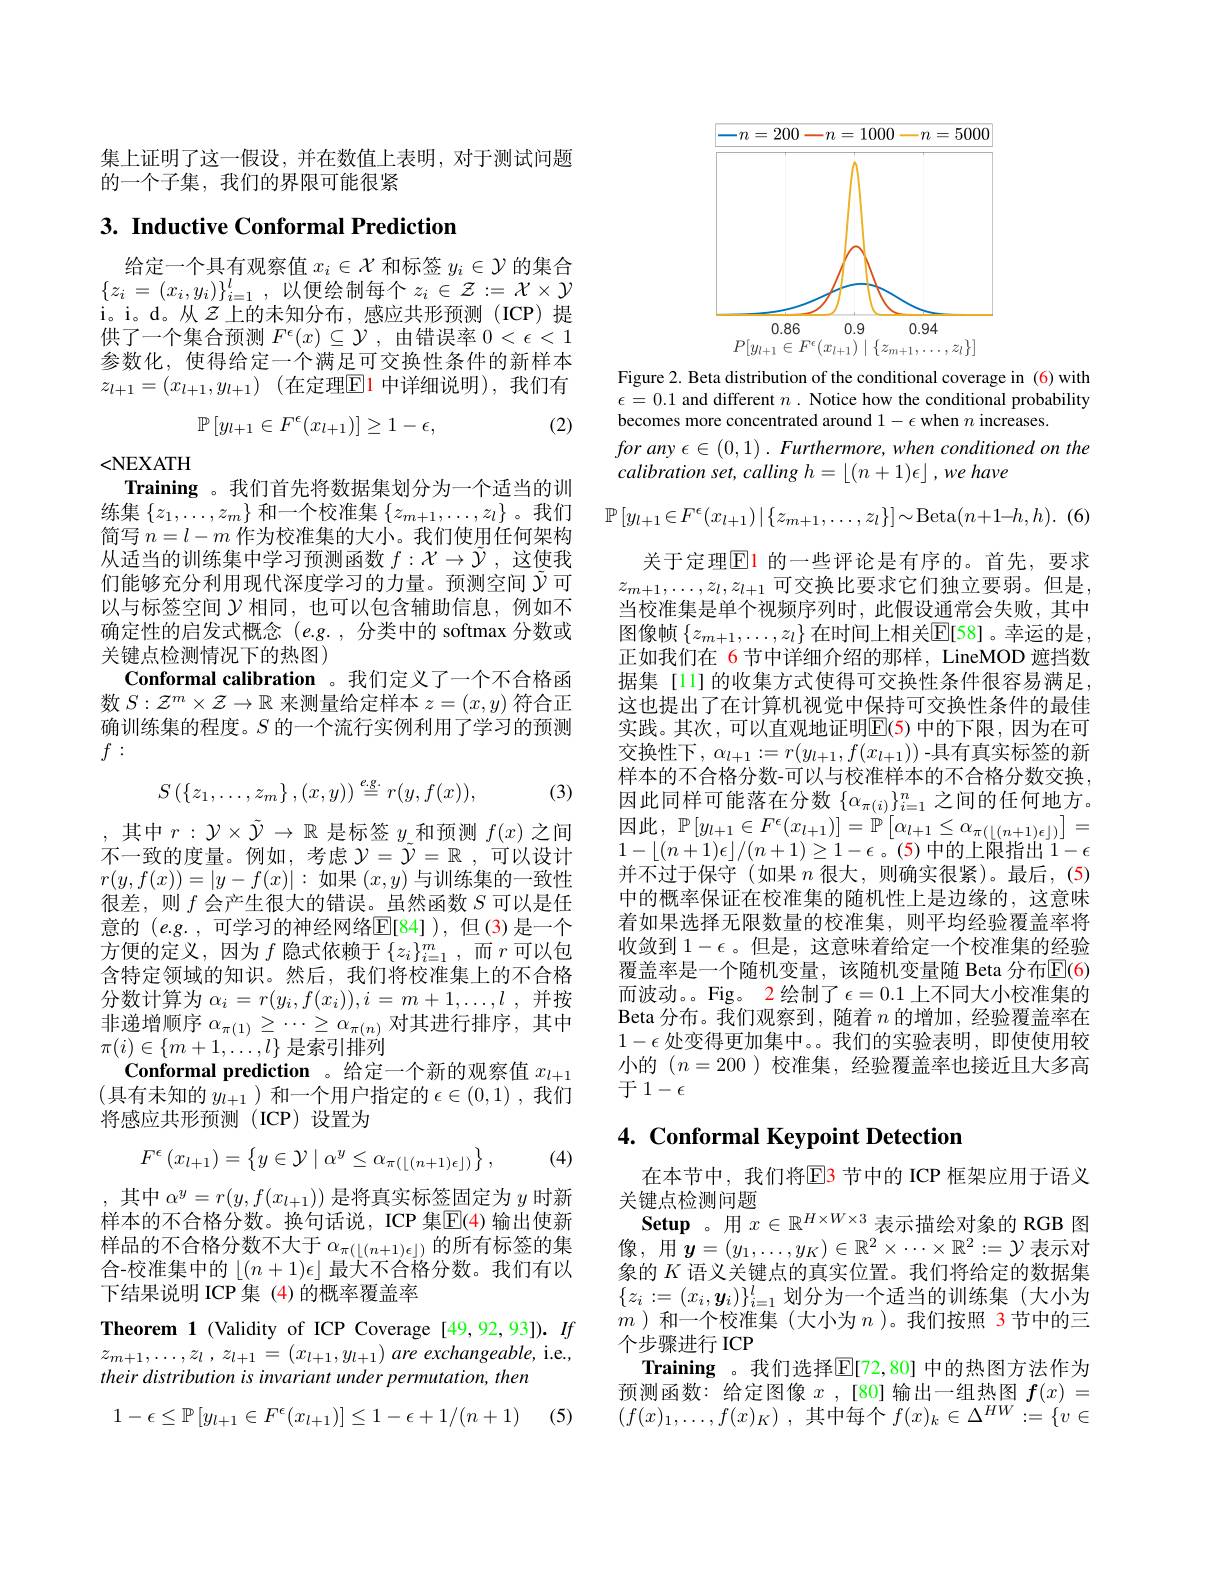
集上证明了这一假设，并在数值上表明，对于测试问题
的一个子集，我们的界限可能很紧

# 3. Inductive Conformal Prediction

给定一个具有观察值$x_i\in\mathcal{X}$和标签$y_i\in\mathcal{Y}$的集合$\{ z_i$ = $( x_i, y_i) \} _{i= 1}^l$ , 以便绘制每个 $z_i\in\mathcal{Z}:=\mathcal{X}\times\mathcal{Y}$ i。i。d。从$\mathcal{Z}$上的未知分布，感应共形预测(ICP)提供了一个集合预测$F^\epsilon(x)\subseteq\mathcal{Y}$,由错误率$0<\epsilon<1$ 参数化，使得给定一个满足可交换性条件的新样本$z_{l+ 1}= ( x_{l+ 1}, y_{l+ 1})$ (在定理$\overline{\mathrm{E}}$1 中详细说明),我们有
$$\mathbb{P}\left[y_{l+1}\in F^{\epsilon}(x_{l+1})\right]\geq1-\epsilon,$$
(2)

<NEXATH
Training 。我们首先将数据集划分为一个适当的训练集$\left\{z_1,\ldots,z_m\right\}$和一个校准集$\left\{z_m+1,\ldots,z_l\right\}$。我们简写$n=l-m$作为校准集的大小。我们使用任何架构从适当的训练集中学习预测函数$f:\mathcal{X}\to\tilde{\mathcal{Y}}$,这使我们能够充分利用现代深度学习的力量。预测空间$\tilde{\mathcal{Y}}$可以与标签空间$\mathcal{Y}$相同，也可以包含辅助信息，例如不确定性的启发式概念$(e.g.$ ,分类中的 softmax 分数或关键点检测情况下的热图)
Conformal calibration 。我们定义了一个不合格函数$S:\mathcal{Z}^m\times\mathcal{Z}\to\mathbb{R}$来测量给定样本$z=(x,y)$符合正确训练集的程度。$S$的一个流行实例利用了学习的预测$f:$
$$S\left(\left\{z_{1},\ldots,z_{m}\right\},(x,y)\right)\stackrel{e.g.}{=}r(y,f(x)),$$
(3)

,其中$r:\mathcal{Y}\times\tilde{\mathcal{Y}}\to\mathbb{R}$是标签$y$和预测$f(x)$之间不一致的度量。例如，考虑$\mathcal{Y} = \tilde{\mathcal{Y} } = \mathbb{R}$ ,可以设计$r(y,f(x))=|y-f(x)|:$如果$(x,y)$与训练集的一致性很差，则$f$会产生很大的错误。虽然函数$S$可以是任意的$(e.g.$,可学习的神经网络$\mathbb{E}[84])$,但(3)是一个方便的定义，因为$f$隐式依赖于$\{z_i\}_i=1^m$,而$r$可以包含特定领域的知识。然后，我们将校准集上的不合格分数计算为$\alpha_i=r(y_i,f(x_i)),i=m+1,\ldots,l$ ,并按非递增顺序$\alpha_{\pi(1)}\geq\cdots\geq\alpha_{\pi(n)}$对其进行排序，其中$\pi(i)\in\{m+1,\ldots,l\}$是索引排列
$\textbf{Conformal prediction 。给 定 一 个 新 的 观 察 值 }x_{l+ 1}$ (具有未知的 $y_l+1$ )和一个用户指定的 $\epsilon\in(0,1)$ ,我们将感应共形预测(ICP)设置为
$$F^{\epsilon}\left(x_{l+1}\right)=\begin{Bmatrix}y\in\mathcal{Y}\mid\alpha^{y}\leq\alpha_{\pi(\lfloor(n+1)\epsilon\rfloor)}\end{Bmatrix},$$
(4)

,其中$\alpha^y=r(y,f(x_{l+1}))$是将真实标签固定为$y$时新样本的不合格分数。换句话说，ICP 集$\overline{\mathbb{E}}$(4)输出使新样品的不合格分数不大于$\alpha_\pi(\lfloor(n+1)\epsilon\rfloor)$的所有标签的集合-校准集中的$\left\lfloor(n+1)\epsilon\right\rfloor$最大不合格分数。我们有以下结果说明 ICP 集 (4)的概率覆盖率

Theorem 1 (Validity of ICP Coverage [49,92,93]). $If$ $z_{m+ 1}, \ldots , z_{l}$ , $z_{l+ 1}$ = $( x_{l+ 1}, y_{l+ 1})$ are $exchangeable$,i.e., their distribution is invariant under permutation, then
$$1-\epsilon\leq\mathbb{P}\left[y_{l+1}\in F^{\epsilon}(x_{l+1})\right]\leq1-\epsilon+1/(n+1)$$
(5)

<FigureHere>

Figure 2. Beta distribution of the conditional coverage in (6)with $\epsilon=0.1$ and different $n.$ Notice how the conditional probability becomes more concentrated around $1-\epsilon$ when $n$ increases.
$for~any~\epsilon\in~(0,1)~.~Furthermore,~when~conditioned~on~the$
calibration $set$, calling $h= \left \lfloor ( n+ 1) \epsilon \right \rfloor , we$ have
$$\mathbb{P}\left[y_{l+1}\in F^{\epsilon}(x_{l+1})\:|\:\{z_{m+1},\ldots,z_{l}\}\right]\sim\mathrm{Beta}(n+1-h,h).$$
(6)

关于定理$\boxed{\mathrm{E}}1$ 的一些评论是有序的。首先，要求$z_{m+1},\ldots,z_l,z_{l+1}$ 可交换比要求它们独立要弱。但是， 当校准集是单个视频序列时，此假设通常会失败，其中图像帧$\left\{z_m+1,\ldots,z_l\right\}$在时间上相关$\overline\mathbb{E}[58]$。幸运的是， 正如我们在 6 节中详细介绍的那样，LineMOD 遮挡数据集 [11]的收集方式使得可交换性条件很容易满足， 这也提出了在计算机视觉中保持可交换性条件的最佳实践。其次，可以直观地证明E(5) 中的下限，因为在可交换性下，$\alpha_l+1:=r(y_{l+1},f(x_{l+1}))$-具有真实标签的新样本的不合格分数-可以与校准样本的不合格分数交换， 因此同样可能落在分数$\{\alpha_{\pi(i)}\}_{i=1}^n$之间的任何地方。因此，$\mathbb{P}\left[y_{l+1}\in F^{\epsilon}(x_{l+1})\right]=\mathbb{P}\left[\alpha_{l+1}\leq\alpha_{\pi(\lfloor(n+1)\epsilon\rfloor)}\right]=$ $1-\lfloor(n+1)\epsilon\rfloor/(n+1)\geq1-\epsilon$。(5)中的上限指出$1-\epsilon$ 并不过于保守(如果$n$很大，则确实很紧)。最后，(5) 中的概率保证在校准集的随机性上是边缘的，这意味着如果选择无限数量的校准集，则平均经验覆盖率将收敛到$1-\epsilon$ 。但是，这意味着给定一个校准集的经验覆盖率是一个随机变量，该随机变量随 Beta 分布$\overline{\mathbb{E}}(6)$ 而波动。。Fig。2 绘制了$\epsilon=0.1$上不同大小校准集的Beta 分布。我们观察到，随着$n$的增加，经验覆盖率在$1-\epsilon$处变得更加集中。。我们的实验表明，即使使用较小的$(n=200$ )校准集，经验覆盖率也接近且大多高于1-$\epsilon$

# 4. Conformal Keypoint Detection

在本节中，我们将$\mathbb{E}$3 节中的 ICP 框架应用于语义
关键点检测问题
$\textbf{Setup。用 }x\in \mathbb{R} ^{H\times W\times 3}$表示描绘对象的 RGB 图像，用$\boldsymbol{y}=(y_1,\ldots,y_K)\in\mathbb{R}^2\times\cdots\times\mathbb{R}^2:=\mathcal{Y}$表示对象的$K$语义关键点的真实位置。我们将给定的数据集$\{z_i:=(x_i,\boldsymbol{y}_i)\}_{i=1}^l$划分为一个适当的训练集(大小为$m$ )和一个校准集(大小为$n$ )。我们按照 3节中的三个步骤进行 ICP
Training 。我们选择$\mathbb{E}[72,80]$ 中的热图方法作为预测函数：给定图像$x$ ,[80]输出一组热图$f(x)=$ $( f( x) _1, \ldots , f( x) _K)$ ,其中每个$f(x)_k\in\Delta^HW:=\{v\in$